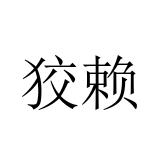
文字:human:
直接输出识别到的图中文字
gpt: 狡赖